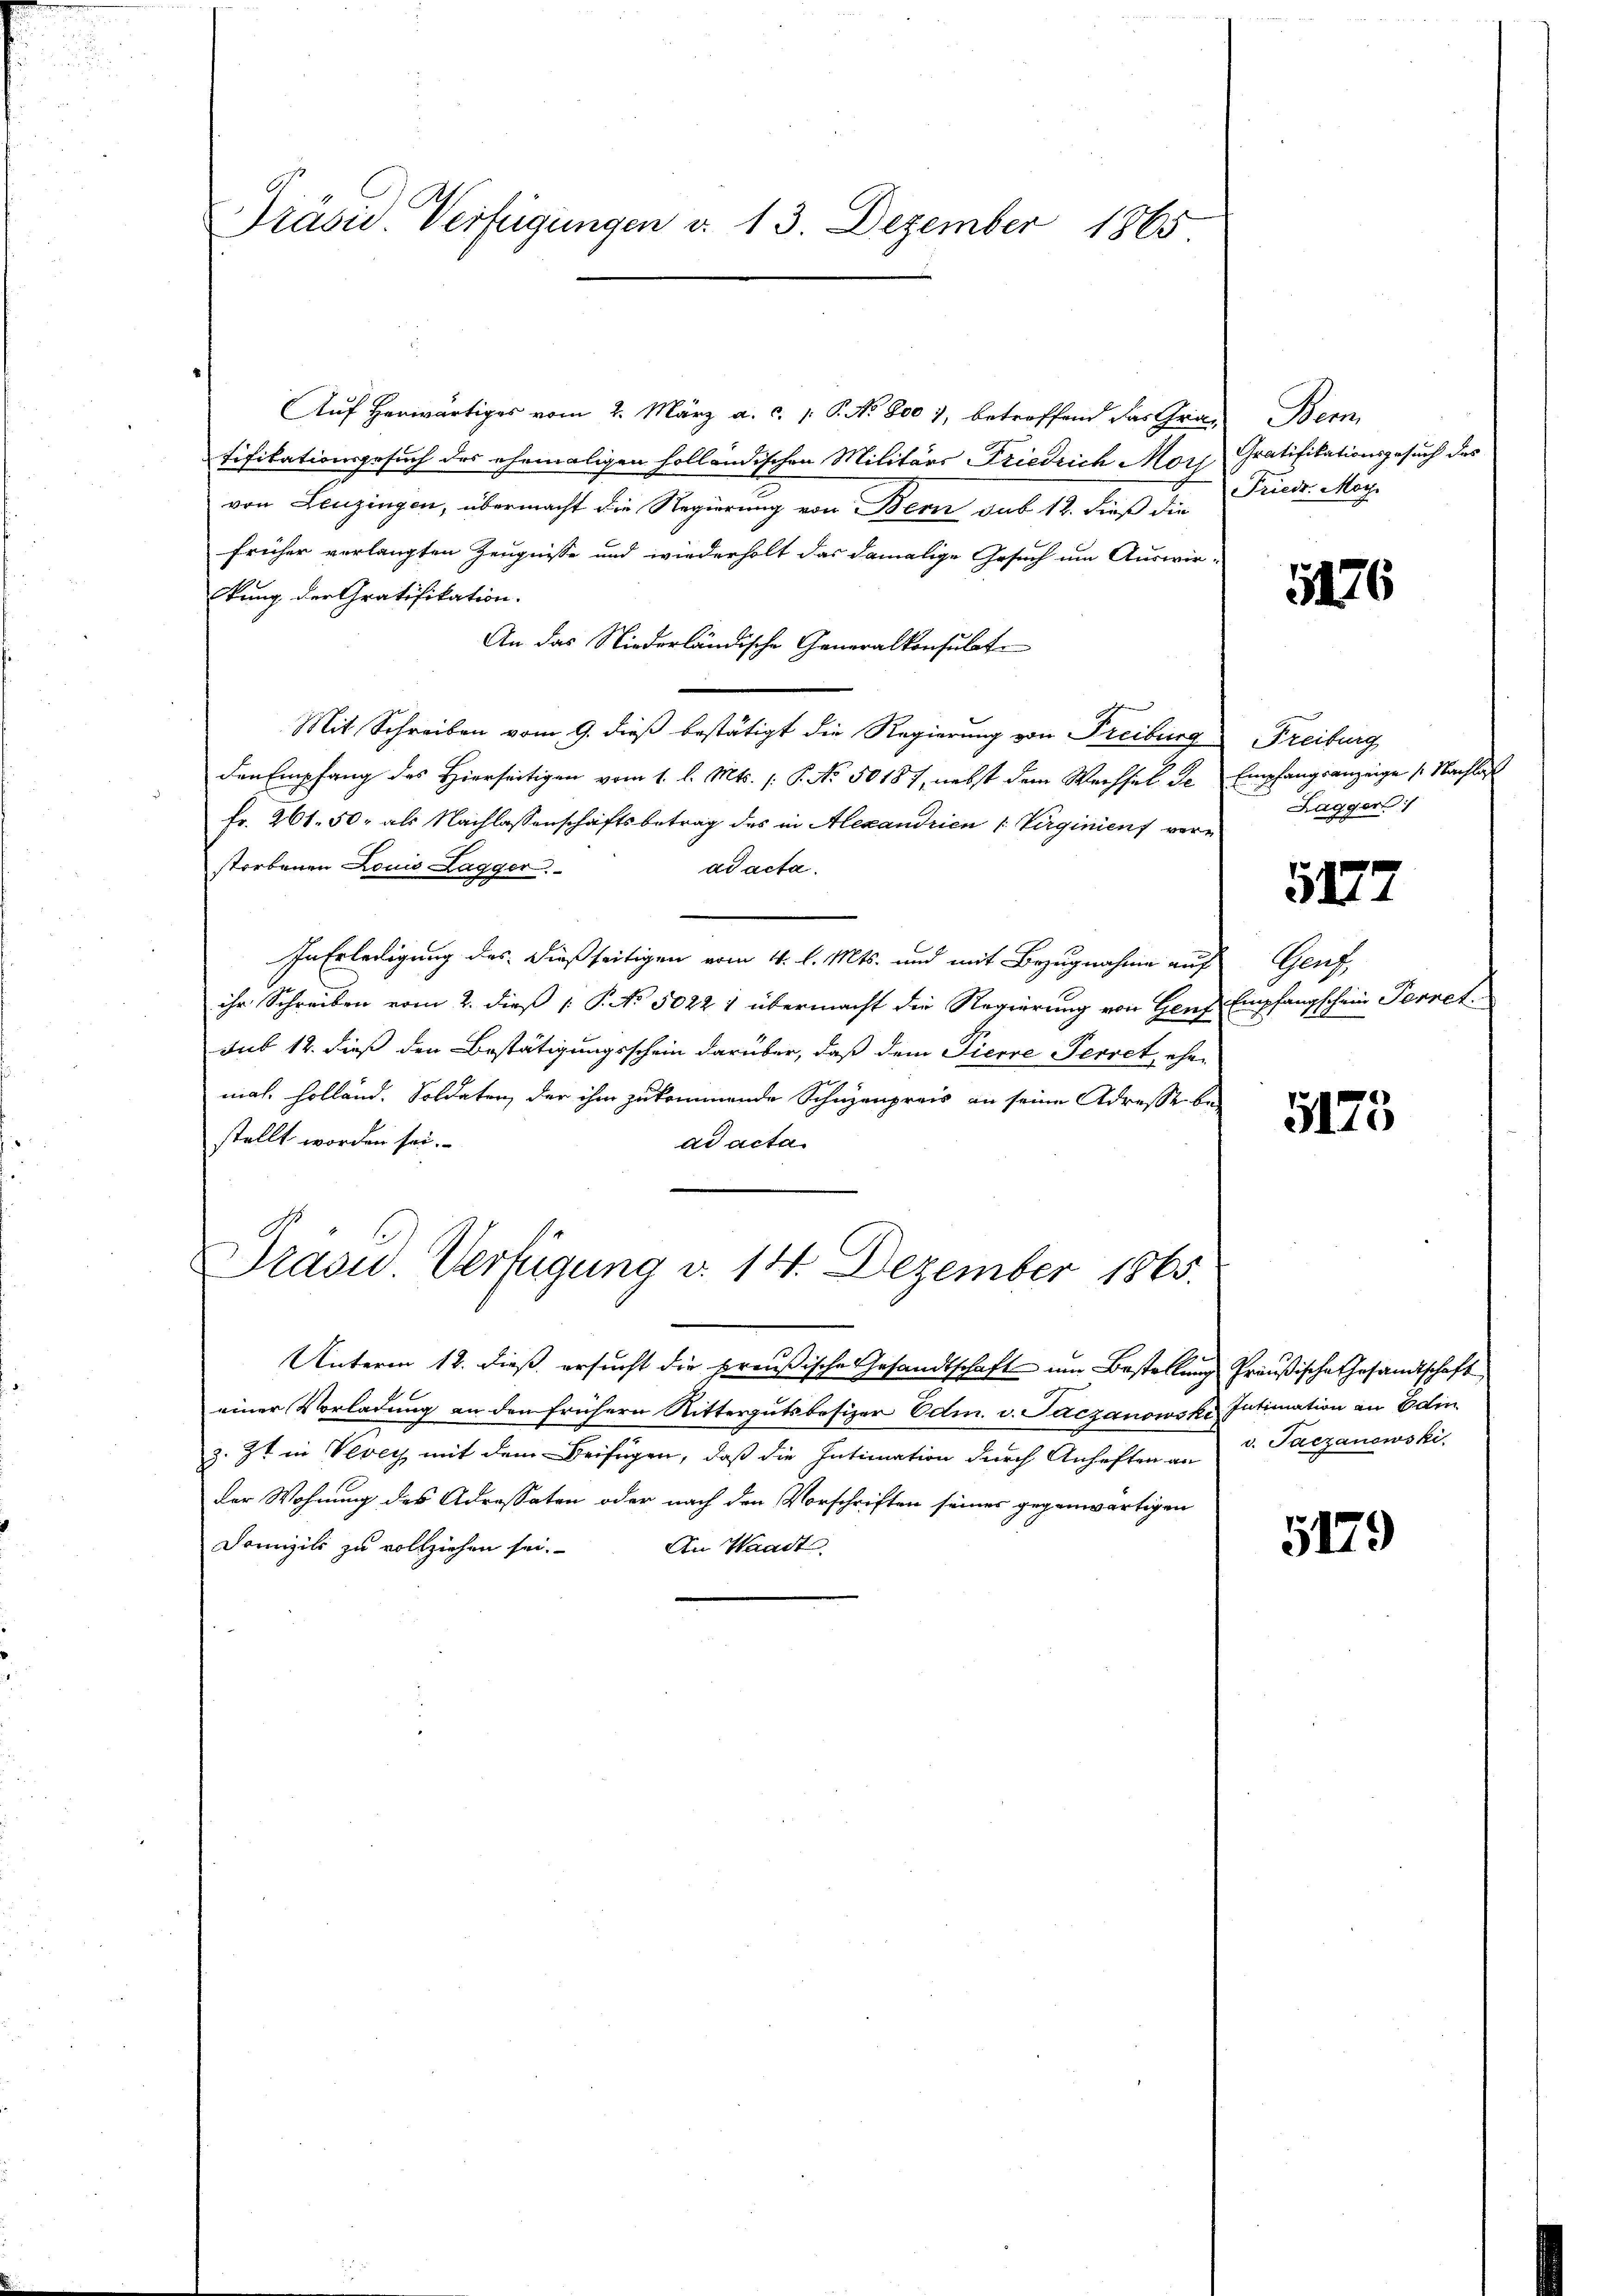
Präsid. Verfügungen d. 13. Dezember 1865

Auf Herwärtiges vom 2. März a. c. 1 P. No 800 7, betreffend das Gra- Bern,
tifikationsgesuch des ehemaligen holländischen Militärs Friedrich Mori Gratifikationsgesuch des
von Leuzingen, übermacht die Regierung von Bern sub 12. dieß die Friedr. May
früher verlangten Zeugnisse und wiederholt das damalige Gesuch um Auswir-
lung der Gratifikation.
An das Niederländische Generalkonsulat
Mit Schreiben vom 9. dieß bestätigt die Regierung von Freiburg
den Empfang des Hierseitigen vom 1. l. Mts. (: P. No. 50187, nebst dem Wechsel Se Empfangsanzeige /: Nachlas
Fr. 261. 50. als Nachlassenschaftsbetrag des in Alexandrien (: Virginiens verstorbenen Louis Lagger
ad acta.
In Erledigung des dießseitigen vom 4. l. Mts. und mit Bezugnahme auf
ihr Schreiben vom 2. dieß [ P. No 5022 1 übermacht die Regierung von Genf Empfangschein Perret
sub 12. dieß den Bestätigungsschein darüber, daß dem Pierre Perret, ehemal, Holland. Soldaten, der ihm zukommende Schuzenpreis an seine Adresse bestellt worden sei.
ad acta
Traou. Verfügung d. 14. Dezember 1865.

Unterm 12. dieß ersucht die preußische Gesandtschaft um Bestellung Preußische Gesandtschaft
einer Vorladung an den frühern Rittergutsbesizer Edm. v. Suczanowski, Intimation an Edin
3. Zt. in Vevey mit dem Beifügen, daß die Intimation durch Anheften an v. Paczanowski,
der Wohnung des Adressaten oder nach den Vorschriften seines gegenwärtigen
Domizili zu vollziehen sei.
An Waadt

5176

Freiburg
Lagger

5177

Gers

5175

5179